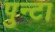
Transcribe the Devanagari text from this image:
पुन्टा